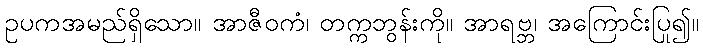
ဥပကအမည်ရှိသော။ အာဇီဝကံ၊ တက္ကဘွန်းကို။ အာရဗ္ဘ၊ အကြောင်းပြု၍။